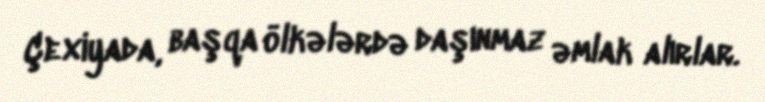
Çexiyada, başqa ölkələrdə daşınmaz əmlak alırlar.